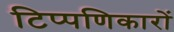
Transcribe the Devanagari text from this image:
टिप्पणिकारों